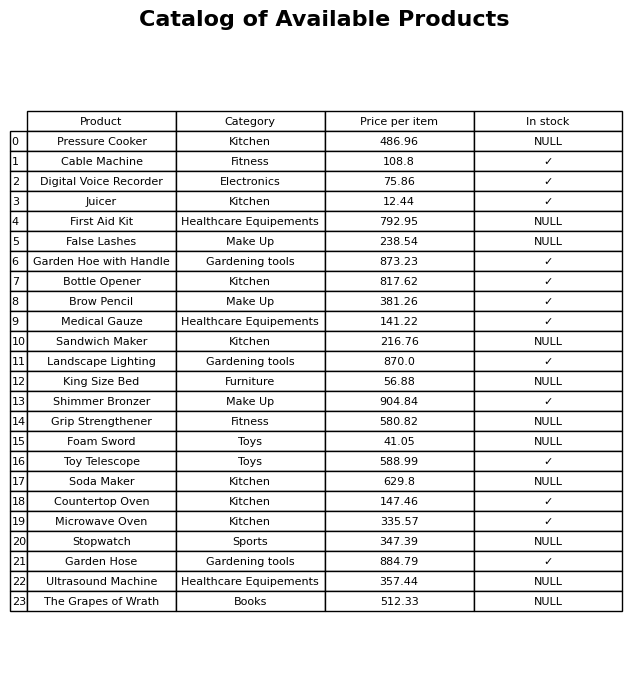
question: Is the Stopwatch in stock?
answer: NULL